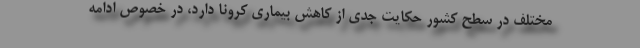
مختلف در سطح کشور حکایت جدی از کاهش بیماری کرونا دارد، در خصوص ادامه